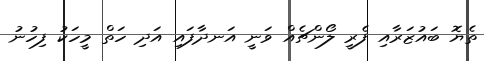
ތެޔޮ ބައުޒަރާއި ފެރީ ލޯންޗެއް ވަނީ އަނދާފައި އަދި ހަތް މީހަކު ފިހުނު